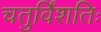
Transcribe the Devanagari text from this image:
चतुर्विंशतिः